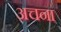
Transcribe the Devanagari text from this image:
अचना